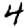
Digit: 4